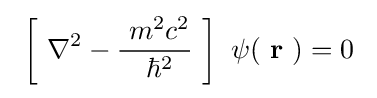
\ \left[\ \nabla ^{2}-{\frac {\ m^{2}c^{2}}{\ \hbar ^{2}}}\ \right]\ \psi (\ \mathbf {r} \ )=0\